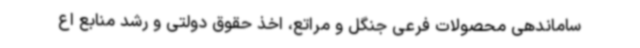
ساماندهی محصولات فرعی جنگل و مراتع، اخذ حقوق دولتی و رشد منابع اع